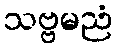
သဗ္ဗမညံ